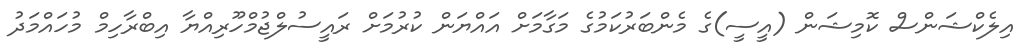
އިލެކްޝަންސް ކޮމިޝަން (އީސީ)ގެ މެންބަރުކަމުގެ މަގާމަށް އައްޔަން ކުރުމަށް ރައީސުލްޖުމްހޫރިއްޔާ އިބްރާހިމް މުހައްމަދު